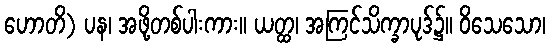
ဟောတိ) ပန၊ အဖို့တစ်ပါးကား။ ယတ္ထ၊ အကြင်သိက္ခာပုဒ်၌။ ဝိသေသော၊